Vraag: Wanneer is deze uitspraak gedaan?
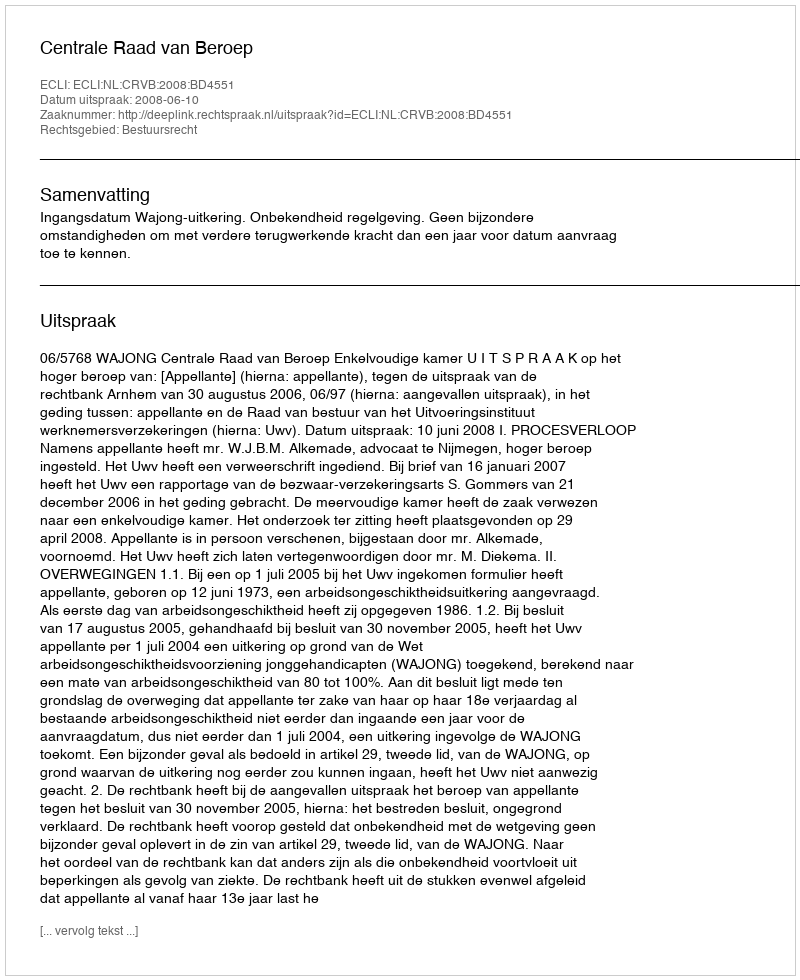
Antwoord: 2008-06-10